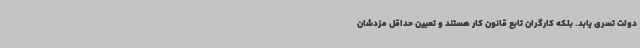
دولت تسری یابد. بلکه کارگران تابع قانون کار هستند و تعیین حداقل مزدشان